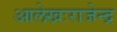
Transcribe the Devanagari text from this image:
आलेखःराजेन्द्र